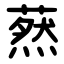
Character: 䔳